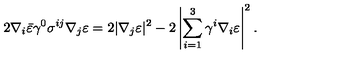
2 \nabla _ { i } \bar { \varepsilon } \gamma ^ { 0 } \sigma ^ { i j } \nabla _ { j } \varepsilon = 2 | \nabla _ { j } \varepsilon | ^ { 2 } - 2 \left| \sum _ { i = 1 } ^ { 3 } \gamma ^ { i } \nabla _ { i } \varepsilon \right| ^ { 2 } .